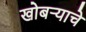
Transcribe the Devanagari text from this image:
खोबऱ्याचे